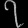
Digit: ၇